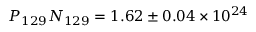
P _ { 1 2 9 } N _ { 1 2 9 } = 1 . 6 2 \pm 0 . 0 4 \times 1 0 ^ { 2 4 }